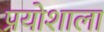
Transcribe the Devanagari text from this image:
प्रयोशाला